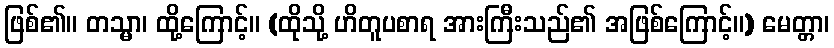
ဖြစ်၏။ တသ္မာ၊ ထို့ကြောင့်။ (ထိုသို့ ဟိတူပစာရ အားကြီးသည်၏ အဖြစ်ကြောင့်။) မေတ္တာ၊